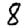
Digit: 8